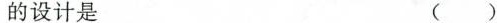
的设计是 ()